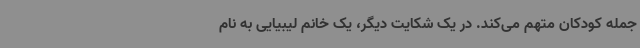
جمله کودکان متهم می‌کند. در یک شکایت دیگر، یک خانم لیبیایی به نام